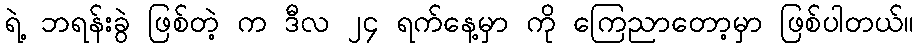
ရဲ့ ဘရန်းခွဲ ဖြစ်တဲ့ က ဒီလ ၂၄ ရက်နေ့မှာ ကို ကြေညာတော့မှာ ဖြစ်ပါတယ်။